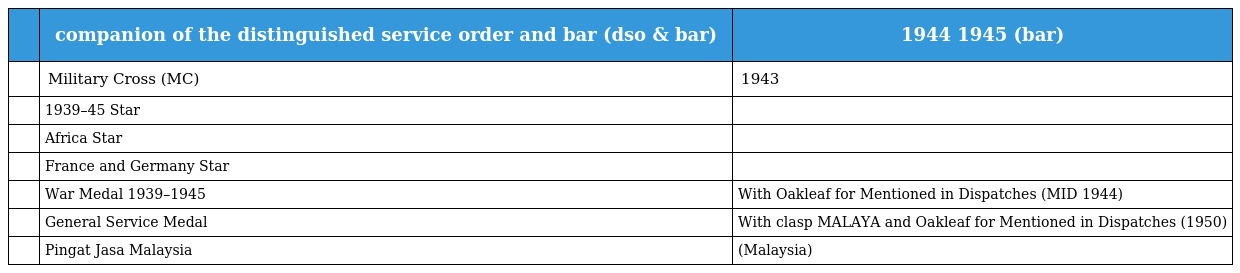
|  | companion of the distinguished service order and bar (dso & bar) | 1944 1945 (bar) |
 | --- | --- | --- |
 |  | Military Cross (MC) | 1943 |
 |  | 1939–45 Star |  |
 |  | Africa Star |  |
 |  | France and Germany Star |  |
 |  | War Medal 1939–1945 | With Oakleaf for Mentioned in Dispatches (MID 1944) |
 |  | General Service Medal | With clasp MALAYA and Oakleaf for Mentioned in Dispatches (1950) |
 |  | Pingat Jasa Malaysia | (Malaysia) |